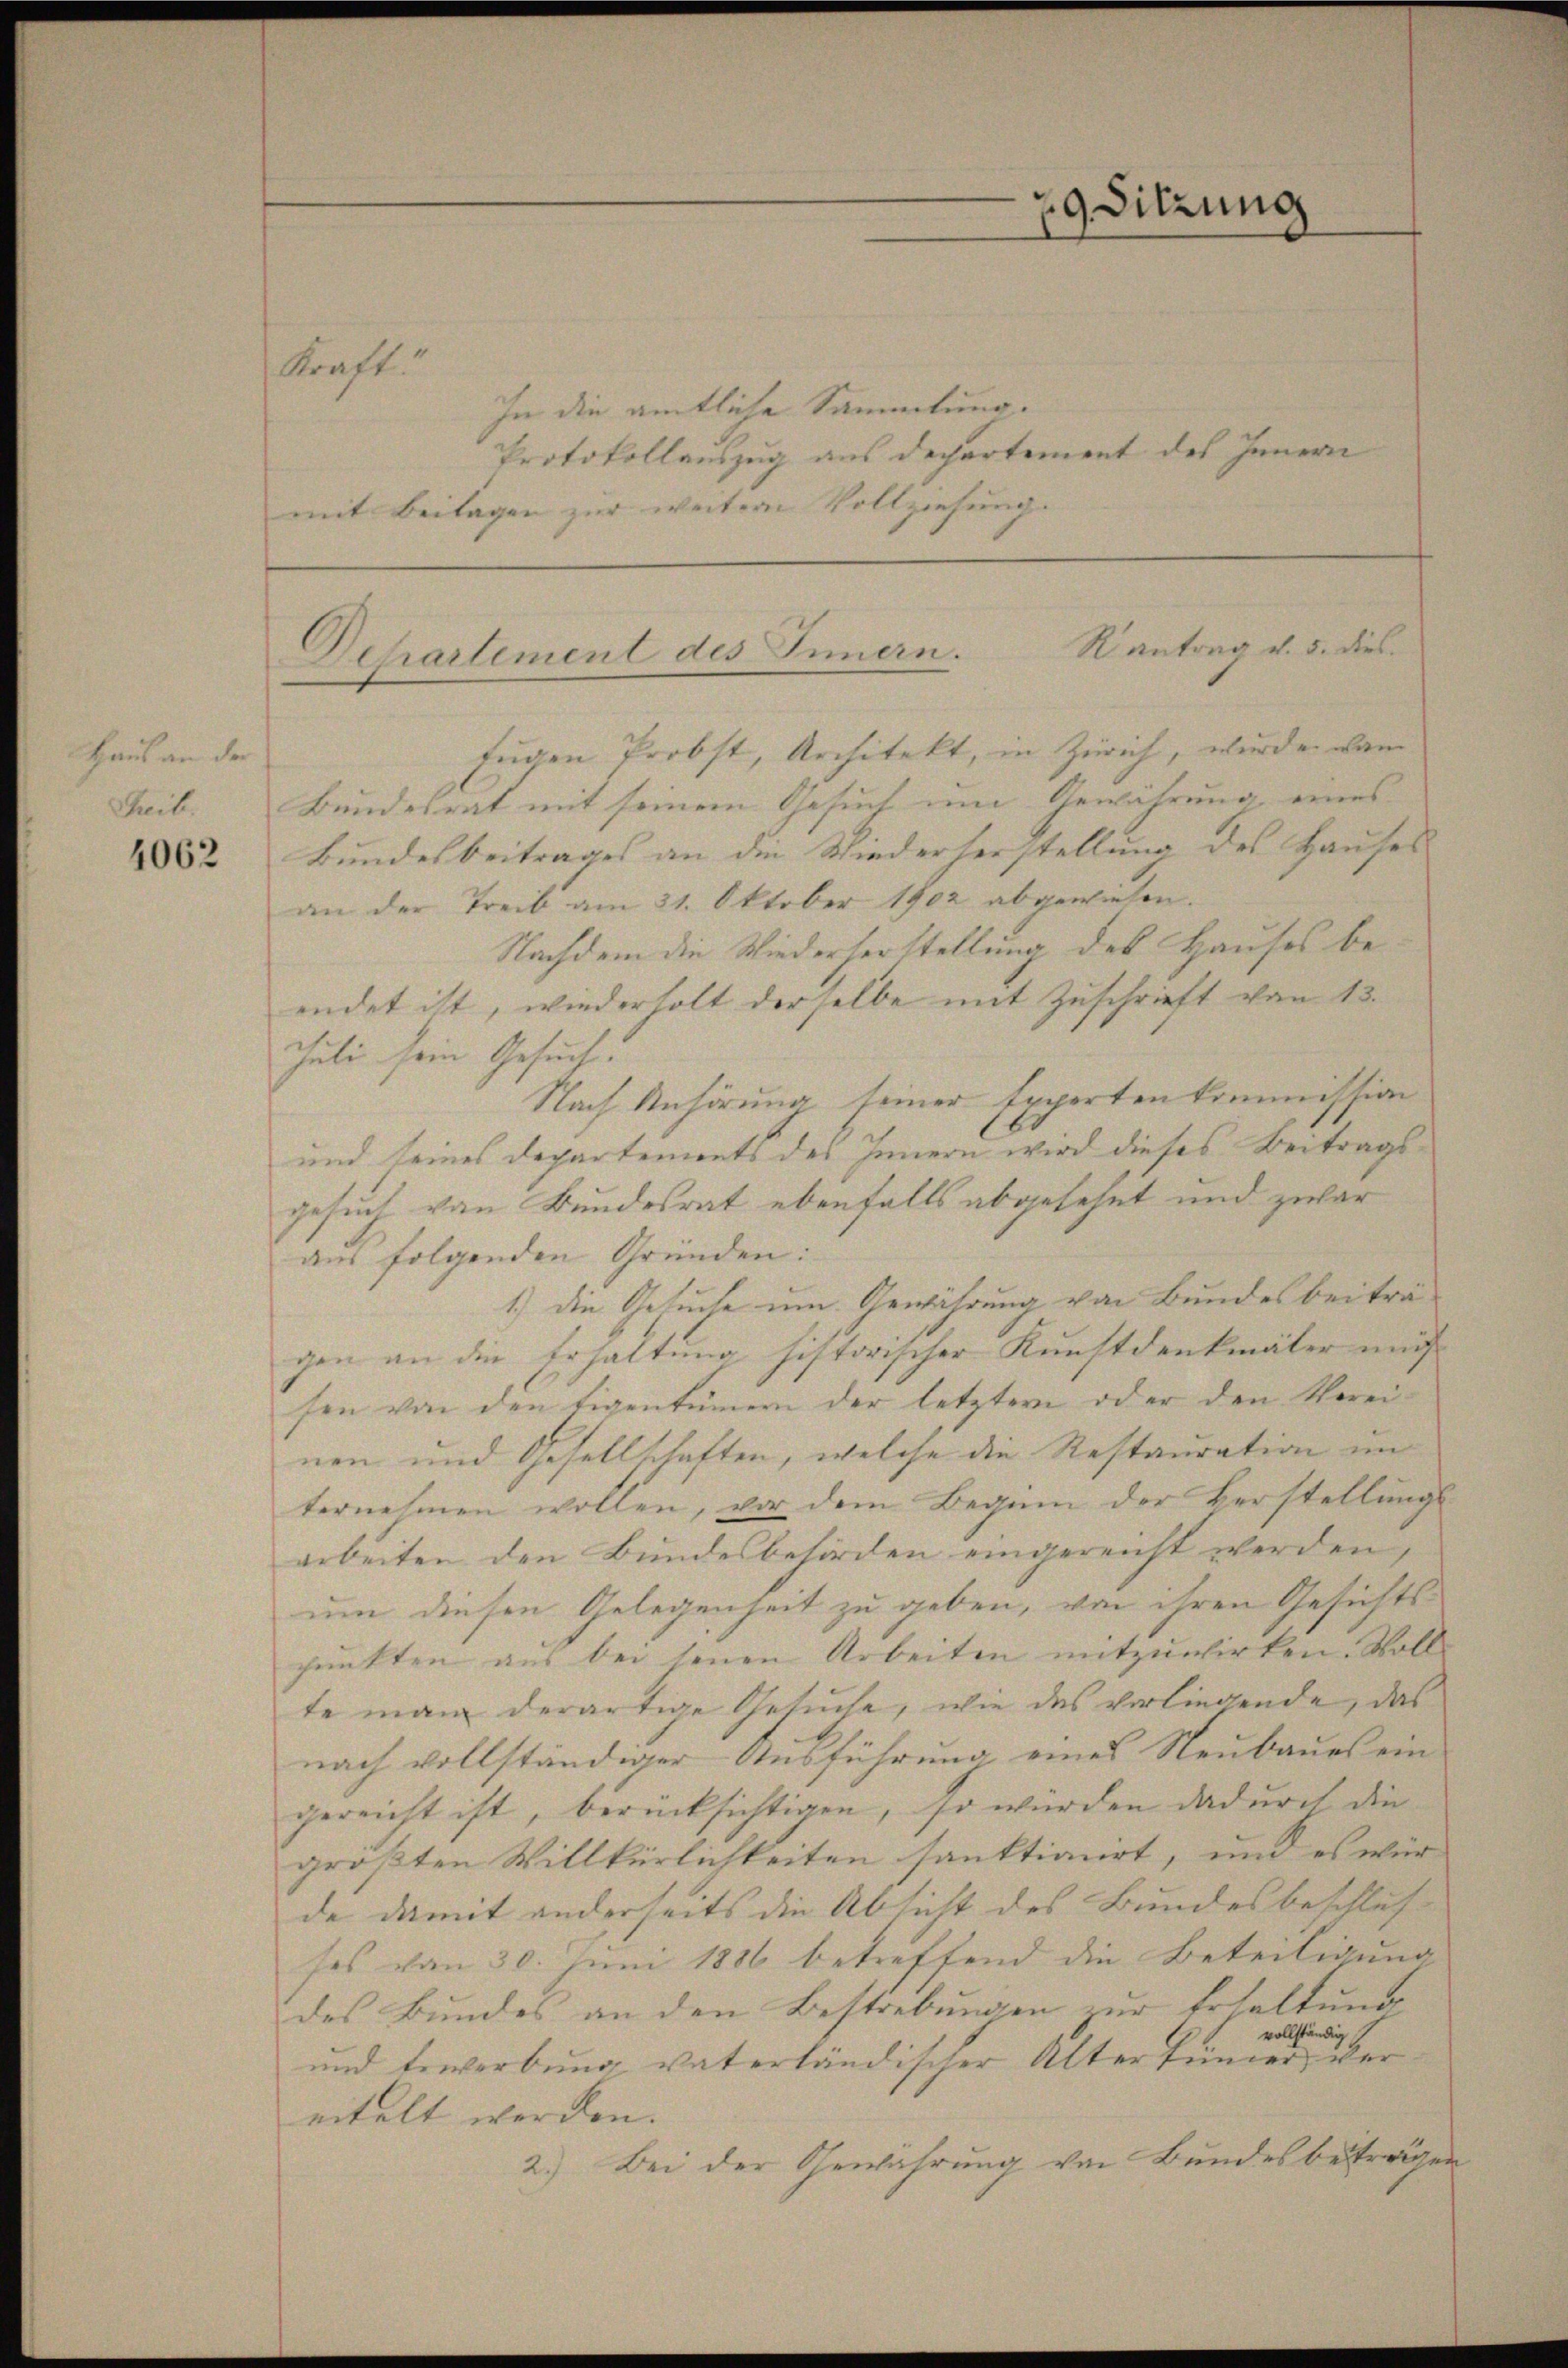
uhaus an der
Theile.

4062

In die amtliche Sammlung.
Protokollauszug aus Departement des Innern
mit Beilagen zur weitern Vollziehung.

Kraft.

Bundesrat mit seinem Gesuch um Gewährung eines
Bundesbeitrages an die Wiederherstellung des Hauses
an der Treib am 21. Oktober 1902 abgewiesen.
Nachdem die Wiederserstellung des Hauses beendet ist, wiederholt derselbe mit Zuschrift von 13.
culi sein Gesuch.
Nach Anhörung seiner Experten kommission
und seines Departements des Innern wird dieses Beitragsgesuch von Bundesrat ebenfalls abgesehet und zwar
aus folgenden Gründen:
1.) Die Gesuche um Gewährung von Bundesbeiträgen an die Erhaltung historischer Kunstdenkmäler mus
sen von den Eigentümern der letztere oder den Vereinen und Gesellschaften, welche die Restauration un
ternehmen wollen, vor dem Beginn der Verstellungs-
arbeiten den Bundesbehörden eingereicht werden,
um diesen Gelegenheit zu geben, von ihren Gesichts-
punkten aus bei seinen Arbeiten mitzuwirken. Voll
te man derartige Gesuche, wie das vorliegende, das
nach vollständiger Ausführung eines Neubaues ein
gereicht ist, berücksichtigen, so würden dadurch die
größten Willkürlichkeiten sanktioniert, und es wür
de damit anderseits die Absicht des Bundesbeschluß
ses vom 30. Juni 1886 betreffend die Beteiligung
des Bundes an den Bestrebungen zur Erhaltung
vollständig
und bewerbung vaterländischer Altertümer über
eitelt werden.
2.) Bei der Gewährung von Bundes betragen

29. Sitzung

Rantrag v. 5. dies
Departement des Innern.
fugen Probst, Architekt, in Zürich, wurde dam